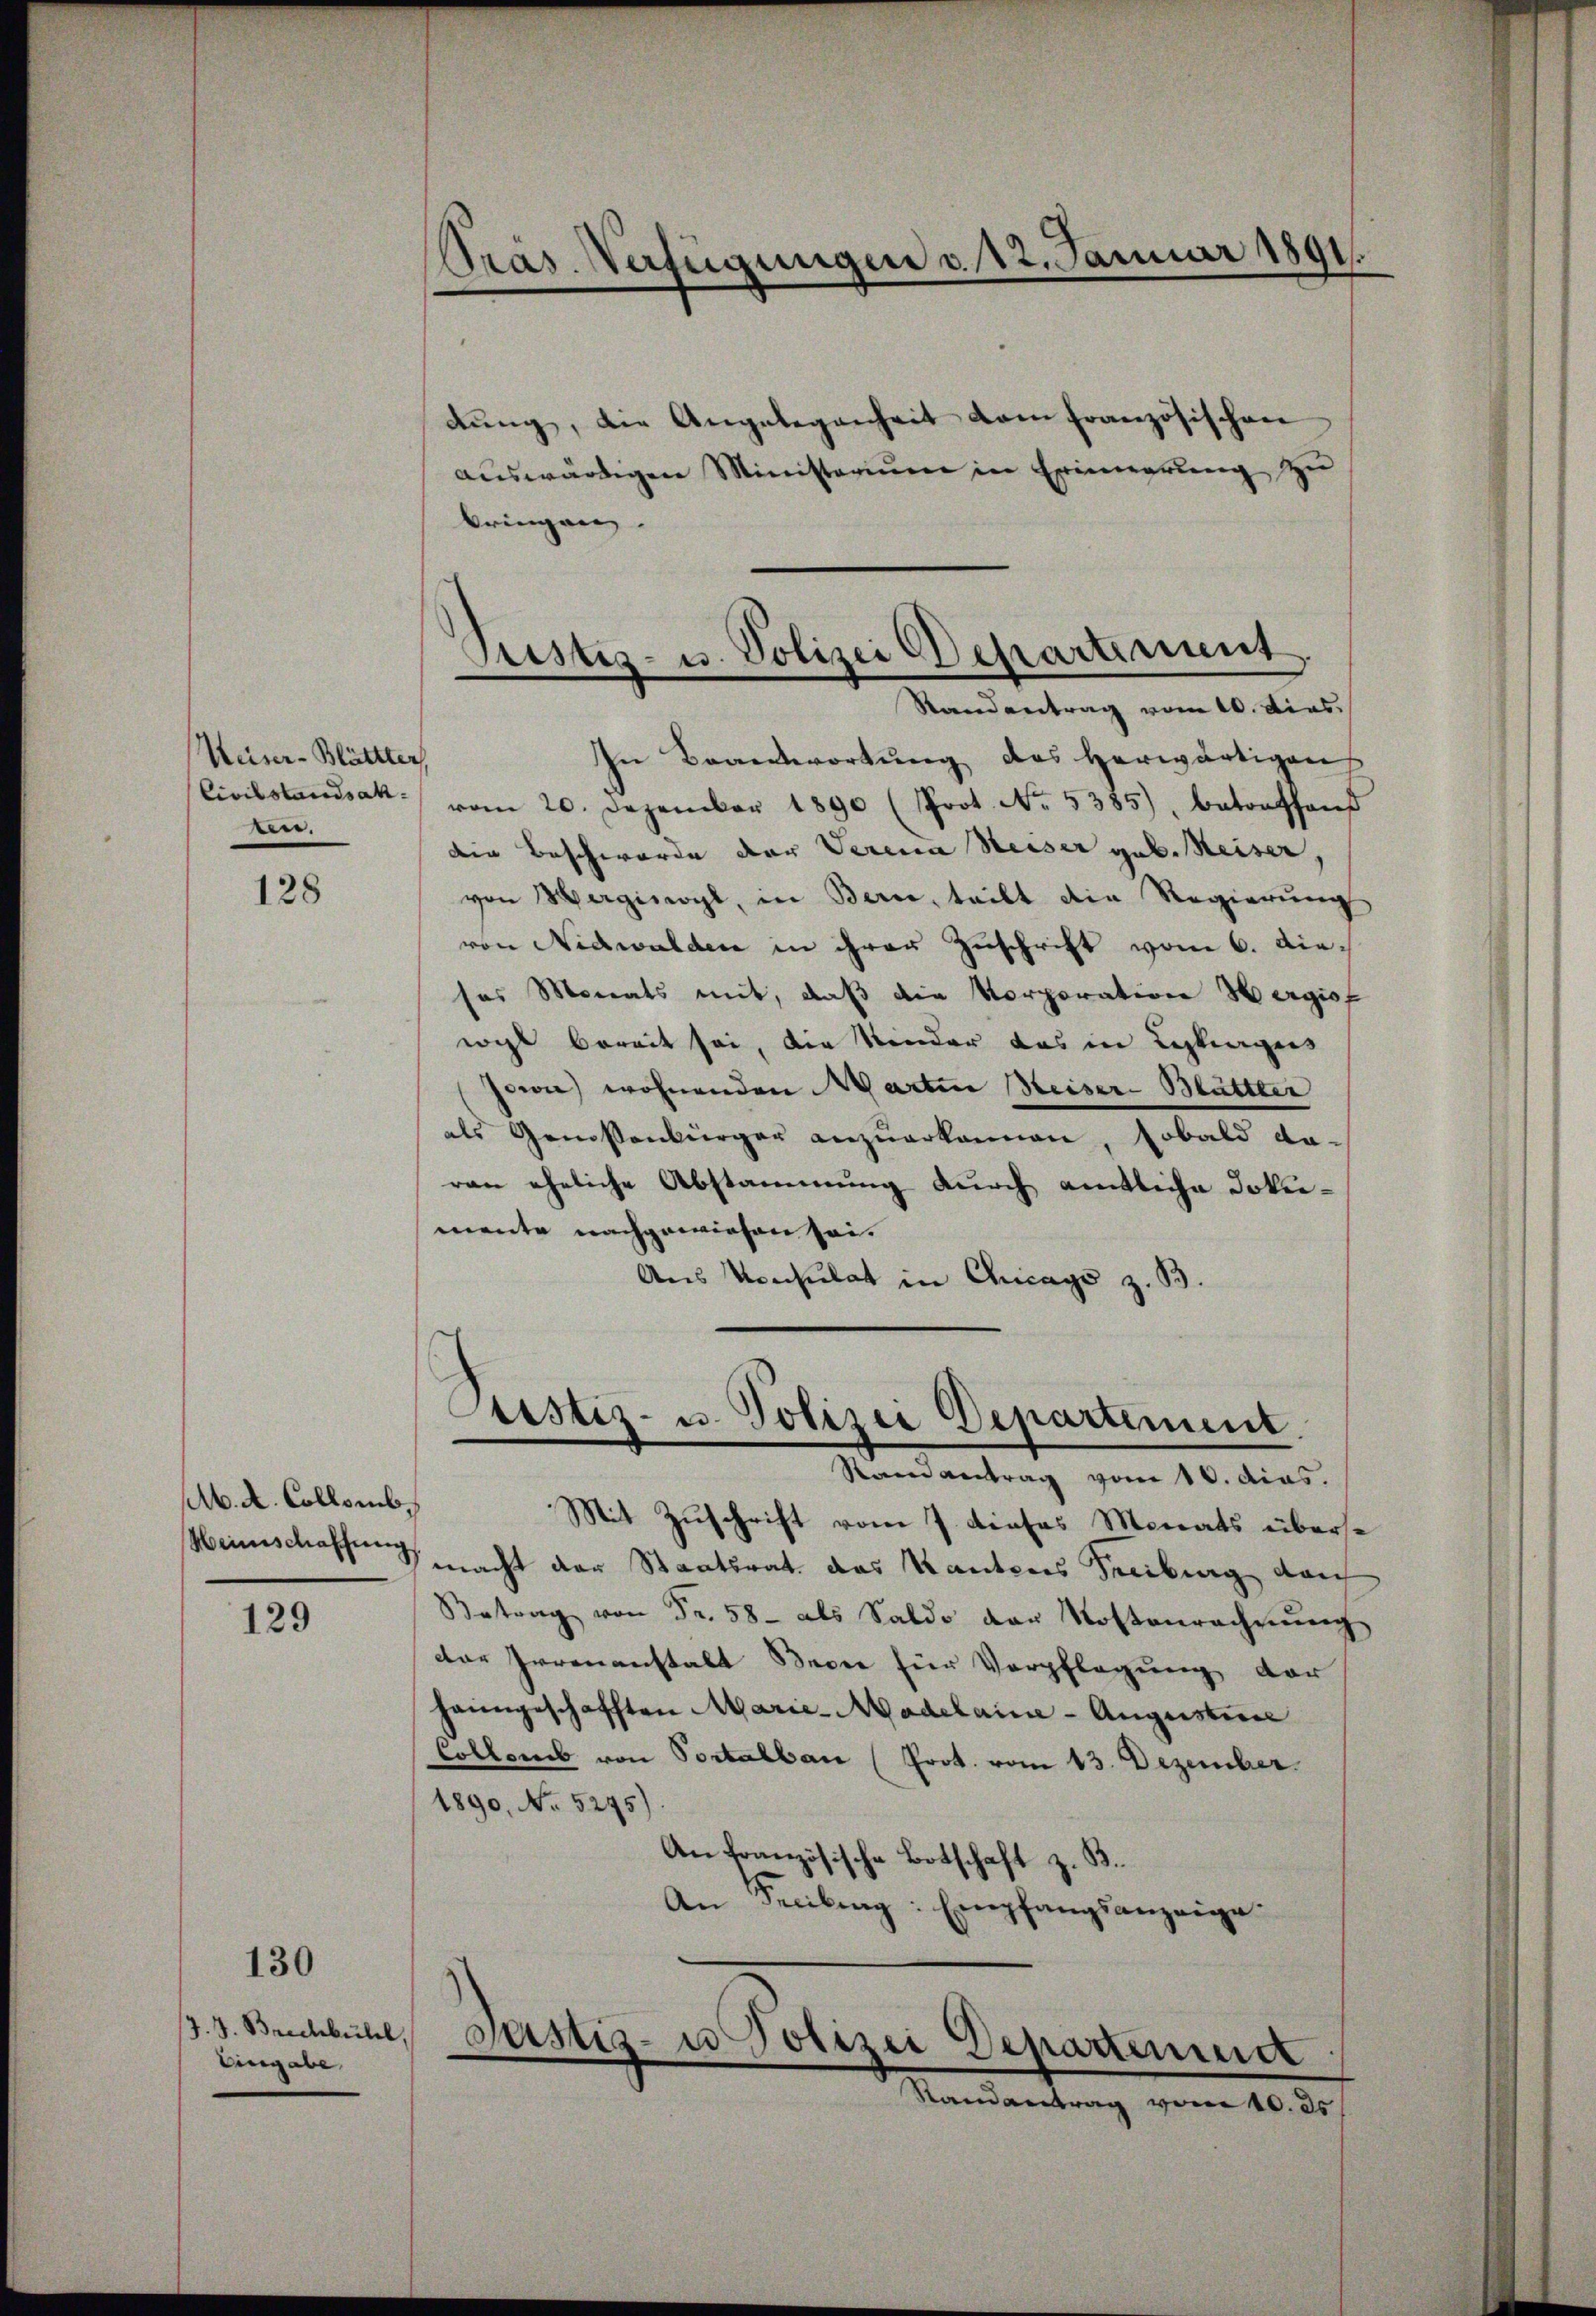
Weiser-Blättter
Der.

128

M. A. Collomb.

129

130

/7. 9. Brechbühl,
Eingabe,

Präs. Verfügungen v. 12. Januar 1891.

dŭng, die Angelegenheit dem französischen
aŭswärtigen Ministerium in Erinnerung zu
bringen.

In Beantwortung des herwärtigen
Civilstandsak vom 20. Dezember 1890 (Prot. No. 5385), betonfhaŭs
die Beschwerde der Verena Weiser geb. Keiser,
von Herginoyl, in Bern, teilt die Regierung
von Nidwalden in ihrer Zuschrift vom 6. dieses Monats mit, daß die Korporation Hergisf
wegt bereit sei, die Kinder das in Leckerges
Jowie wohnenden Martin Meiser-Blättter
als Genossenbürger anzuerkannen, sobald daran eheliche Abstammung durch amtliche Jokiemente nachgewiesen sei.
Aus Konsulat in Chicago z. B.

Stand antrag vom 10. dias.
Mit Zuschrift vom 7. dieses Monats überse
Weinschaffung macht der Staatsrat das Kantons Freiburg dan
Betrag von Fr. 58 - als Saldo der Kostenrechnŭng
der Irrenanstalt Berne für Verpflegung der
heimgeschafften Marie-Modelaine - Augustice
Collens von Portalban (Prot. vom 13. Dezember.
1890, No 5245)
An französische Botschaft z. B.
An Freibung: Empfangsanzeige.

Pustiz- u. Polizei Departement
Randantrag vom 10. dies

Justiz- u. Polizei Departement

Justiz- u Polizei Departement
Randantrag vom 10. ds.